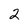
Character: 2